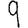
Digit: 9